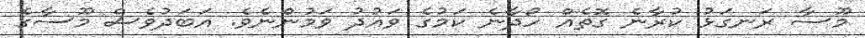
މޫސާ ރަނގަޅު ކުރާނެ ގޮތެއް ހޯދާނެ ކަމުގެ ވައުދު ވަމުންނެވެ. އަބަދުވެސް މޫސާގެ